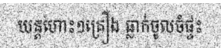
យន្តហោះ១គ្រឿង ធ្លាក់ចូលចំផ្ទះ